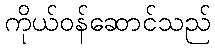
ကိုယ်ဝန်ဆောင်သည်